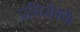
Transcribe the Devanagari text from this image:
प्रतिजैवके